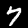
Label: 7